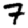
Digit: 7